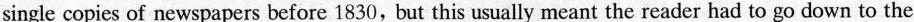
single copies of newspapers before 1830, but this usually meant the reader had to go down to the